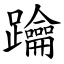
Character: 䠯